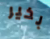
بخير